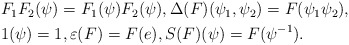
\begin{align*}\begin{aligned}&F_1F_2(\psi)=F_1(\psi) F_2(\psi), \Delta(F)(\psi_1,\psi_2)=F(\psi_1 \psi_2) ,\\&1(\psi)=1, \varepsilon (F)= F(e), S (F)(\psi)= F(\psi^{-1}).\end{aligned}\end{align*}